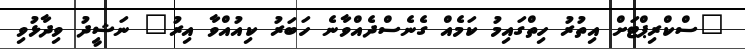
"ސްކްރިޕްޓަށް އިތުރު ހިތްގައިމު ކަމެއް ގެނެސްދެއްވާނެ ހަބަރު ކިއުއްވާ އިރު" ނަޝީދު ވިދާޅުވި